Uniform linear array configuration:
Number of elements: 32
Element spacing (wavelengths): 0.5
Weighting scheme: kaiser
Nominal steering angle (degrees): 60
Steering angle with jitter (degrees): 58.809
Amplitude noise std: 0.05
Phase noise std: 0.05

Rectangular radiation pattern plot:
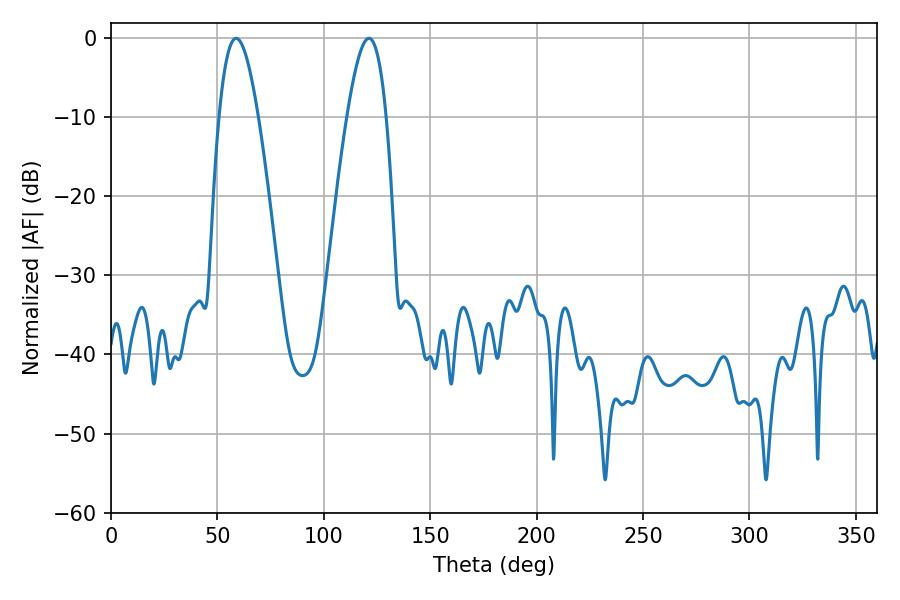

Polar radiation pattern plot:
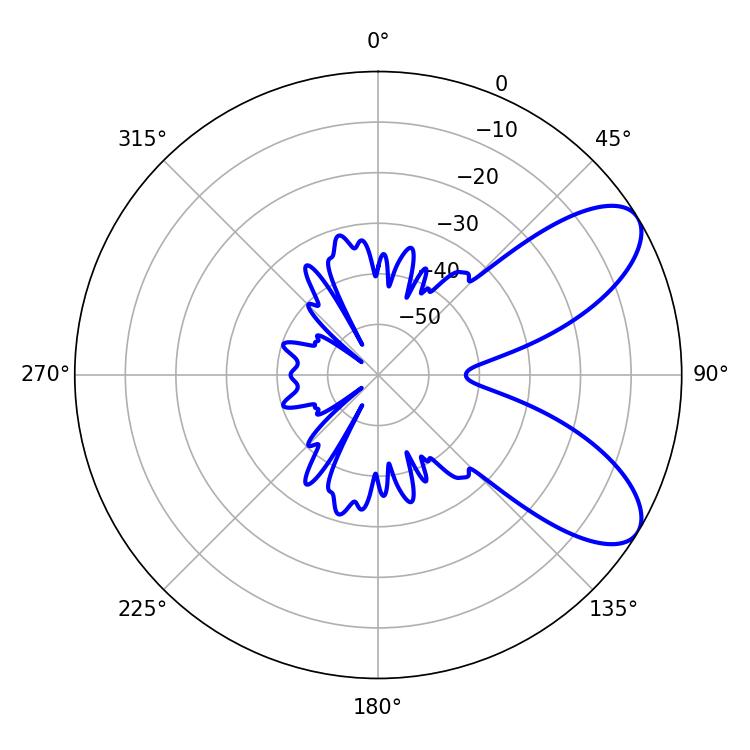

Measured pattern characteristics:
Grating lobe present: FALSE
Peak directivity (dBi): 7.886
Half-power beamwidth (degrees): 9.9
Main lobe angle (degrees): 58.86